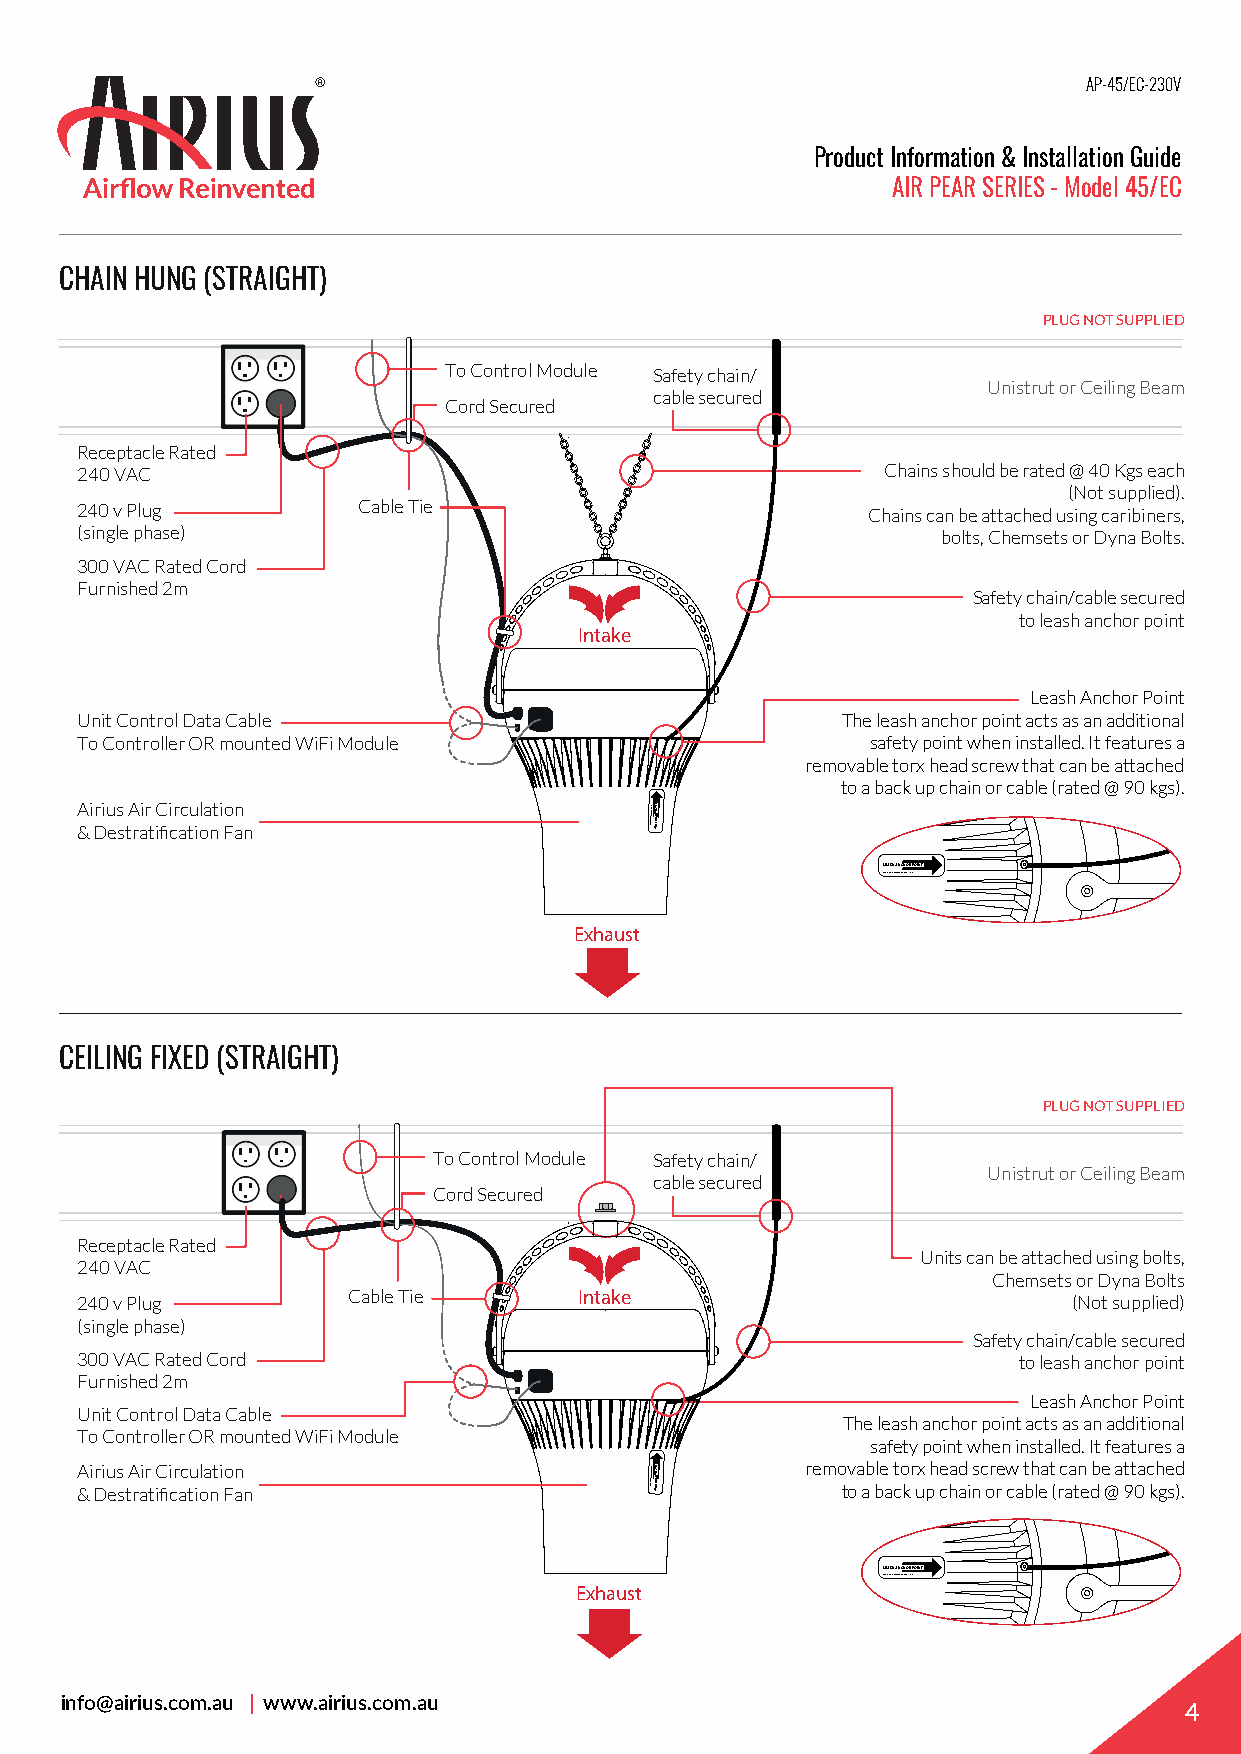
AP-45/EC-230V
 Product Information & Installation Guide
 AIR PEAR SERIES - Model 45/EC
 CHAIN HUNG (STRAIGHT)
 PLUG NOT SUPPLIED
 To Control Module Safety chain/
 Unistrut or Ceiling Beam
 cable secured
 Cord Secured
 Receptacle Rated
 240 VAC                                              Chains should be rated @ 40 Kgs each
 (Not supplied).
 240 v Plug         Cable Tie                        Chains can be attached using caribiners,
 (single phase)                                           bolts, Chemsets or Dyna Bolts.
 300 VAC Rated Cord
 Furnished 2m
 Safety chain/cable secured
 to leash anchor point
 Intake
 Leash Anchor Point
 Unit Control Data Cable                            The leash anchor point acts as an additional
 To Controller OR mounted WiFi Module                 safety point when installed. It features a
 removable torx head screw that can be attached
 to a back up chain or cable (rated @ 90 kgs).
 A &i r Diu es
 s
 tA ri ar
 t
 C ifii cr ac tu il oa nti Fo an
 n
 DAEHNAPXROT
 52-T4/1X23-01
 TNIOP
 ROHCNA
 HSAEL
 LEASH ANCHOR POINT
 10-32 X 1/4 T-25 TORX PAN HEAD
 Exhaust
 CEILING FIXED (STRAIGHT)
 PLUG NOT SUPPLIED
 To Control Module Safety chain/
 Unistrut or Ceiling Beam
 cable secured
 Cord Secured
 Receptacle Rated
 Units can be attached using bolts,
 240 VAC
 Chemsets or Dyna Bolts
 Cable Tie      Intake
 240 v Plug                                                        (Not supplied)
 (single phase)
 Safety chain/cable secured
 300 VAC Rated Cord                                            to leash anchor point
 Furnished 2m
 Leash Anchor Point
 Unit Control Data Cable
 The leash anchor point acts as an additional
 To Controller OR mounted WiFi Module
 safety point when installed. It features a
 A &i r Diu es
 s
 tA ri ar
 t
 C ifii cr ac tu il oa nti Fo an
 n                          DAEHNAPXROT
 52-T4/1X23-01
 TNIOP ROHCNA
 HSAEL     remo tv oa ab ble
 a
 t co kr ux
 p
 h ce ha ad
 i
 nsc or re w
 ca
 t bh lea t
 (
 rc aa tn
 e
 db e
 @
 a 9tt 0a c kh ge sd
 ).
 LEASH ANCHOR POINT
 10-32 X 1/4 T-25 TORX PAN HEAD
 Exhaust
 info@airius.com.au | www.airius.com.au
 4